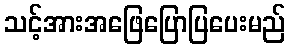
သင့်အားအဖြေပြောပြပေးမည်